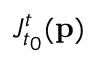
J _ { t _ { 0 } } ^ { t } ( \mathbf { p } )